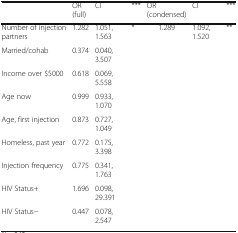
|  | OR (full) | CI | *** | OR (condensed) | CI | *** |
 | --- | --- | --- | --- | --- | --- | --- |
 | Number of injection partners | 1.282 | 1.051, 1.563 | * | 1.289 | 1.092, 1.520 | ** |
 | Married/cohab | 0.374 | 0.040, 3.507 |  |  |  |  |
 | Income over $5000 | 0.618 | 0.069, 5.558 |  |  |  |  |
 | Age now | 0.999 | 0.933, 1.070 |  |  |  |  |
 | Age, first injection | 0.873 | 0.727, 1.049 |  |  |  |  |
 | Homeless, past year | 0.772 | 0.175, 3.398 |  |  |  |  |
 | Injection frequency | 0.775 | 0.341, 1.763 |  |  |  |  |
 | HIV Status+ | 1.696 | 0.098, 29.391 |  |  |  |  |
 | HIV Status− | 0.447 | 0.078, 2.547 |  |  |  |  |